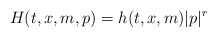
\begin{align*} H(t,x,m,p) = h(t,x,m)|p|^r\end{align*}